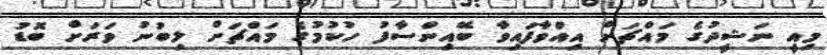
މިއީ ނަޝީދުގެ މައްޗަށް އިއްވާފައިވާ ބޭއިންސާފު ހުކުމުގެ މައްޗަށް ލިބުނު ވަރަށް ބޮޑު